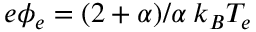
e \phi _ { e } = ( 2 + \alpha ) / \alpha \: k _ { B } T _ { e }